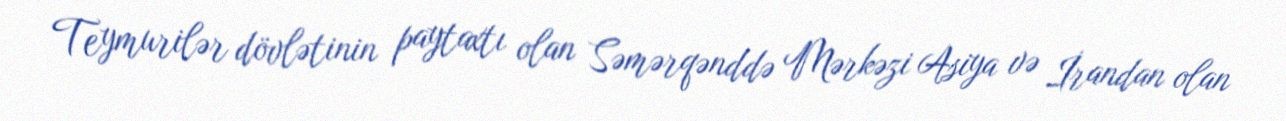
Teymurilər dövlətinin paytaxtı olan Səmərqənddə Mərkəzi Asiya və İrandan olan